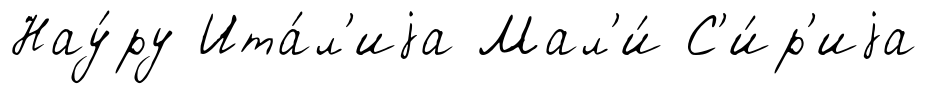
Нау́ру Ита́л'иjа Мал'и́ С'и́р'иjа